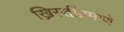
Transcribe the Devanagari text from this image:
ख्रिस्तींप्रमाणे